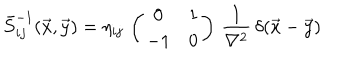
LaTeX: \bar { S } _ { i j } ^ { - 1 } ( \vec { x } , \vec { y } ) = \eta _ { i j } \, \left( \begin{array} { c c } { { 0 } } & { { 1 } } \\ { { - 1 } } & { { 0 } } \\ \end{array} \right) \, \frac { 1 } { \nabla ^ { 2 } } \, \delta ( \vec { x } - \vec { y } )